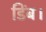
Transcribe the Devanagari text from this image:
डिंब।